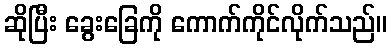
ဆိုပြီး ခွေးခြေကို ကောက်ကိုင်လိုက်သည်။